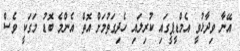
އޭނާ ވިދާޅުވީ އެމްޑީޕީގައި ކުރިލައި ހެދިގަތުމަށް އޮތް އެންމެ ބޮޑު މަގަކީ ވެސް